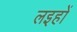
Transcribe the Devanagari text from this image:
लइहों